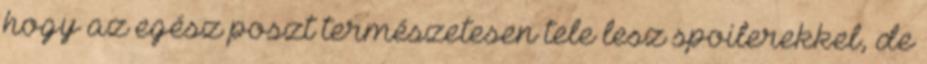
hogy az egész poszt természetesen tele lesz spoilerekkel, de